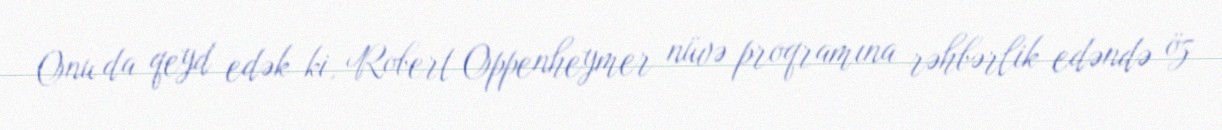
Onu da qeyd edək ki, Robert Oppenheymer nüvə proqramına rəhbərlik edəndə öz